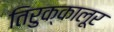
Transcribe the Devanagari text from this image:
तिरुक्कालूर